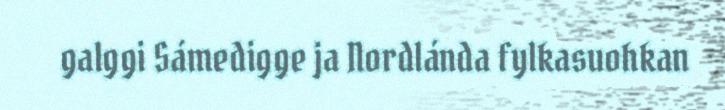
galggi Sámedigge ja Nordlánda fylkasuohkan